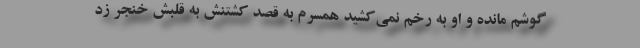
گوشم مانده و او به رخم نمی‌کشید همسرم به قصد کشتنش به قلبش خنجر زد